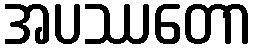
အပဿတော